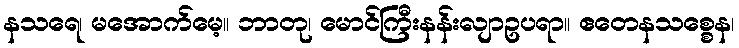
နသရေ၊ မအောက်မေ့။ ဘာတု၊ မောင်ကြီးနန်းလျာဥပရာ။ ဧတေနသစ္စေန၊